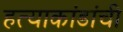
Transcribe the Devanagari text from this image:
हत्याकांडांची